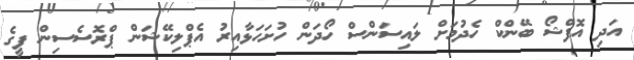
އަދި އޮފްޝޯ ބޭންކް ހެދުމަށް ލައިސަންސް ހޯދަން ހުށަހަޅާއިރު އެޕްލިކޭޝަން ޕްރޮސެސިން ފީގެ